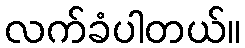
လက်ခံပါတယ်။